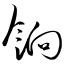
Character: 饷